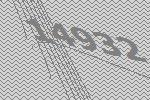
14932